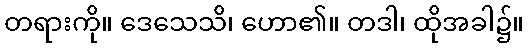
တရားကို။ ဒေသေသိ၊ ဟော၏။ တဒါ၊ ထိုအခါ၌။